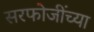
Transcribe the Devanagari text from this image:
सरफोजींच्या